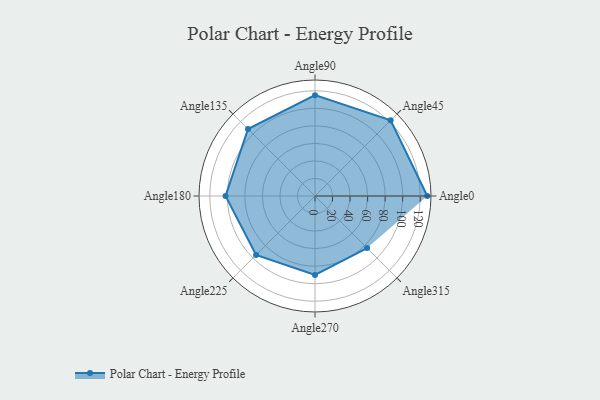
{"axis": {"x": "Angle", "y": "Radius"}, "legend": [""], "data": [{"x": "Angle0", "y": 128.0, "type": ""}, {"x": "Angle45", "y": 122.0, "type": ""}, {"x": "Angle90", "y": 115.0, "type": ""}, {"x": "Angle135", "y": 108.0, "type": ""}, {"x": "Angle180", "y": 102.0, "type": ""}, {"x": "Angle225", "y": 95.0, "type": ""}, {"x": "Angle270", "y": 90.0, "type": ""}, {"x": "Angle315", "y": 84.0, "type": ""}]}